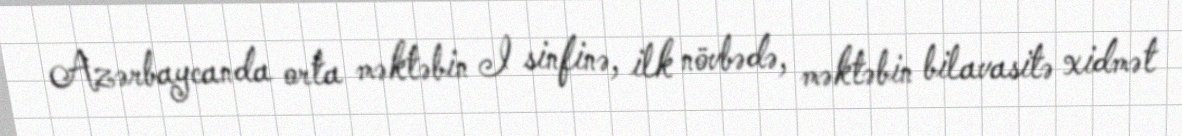
Azərbaycanda orta məktəbin I sinfinə, ilk növbədə, məktəbin bilavasitə xidmət